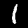
Digit: 1